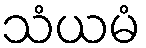
သံယမံ